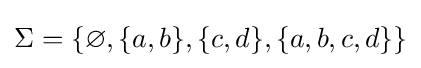
\Sigma =\{\varnothing ,\{a,b\},\{c,d\},\{a,b,c,d\}\}